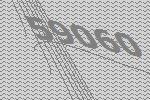
59060